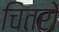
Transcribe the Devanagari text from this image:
चितरों